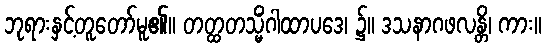
ဘုရားနှင့်တူတော်မူ၏။ တတ္ထတသ္မိံဂါထာပဒေ၊ ၌။ ဒသနာဂဖလန္တိ၊ ကား။